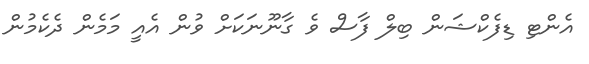
އެންޓި ޑިފެކްޝަން ބިލް ފާސް ވެ ގާނޫނަކަށް ވުން އެއީ މަމެން ދެކެމުން